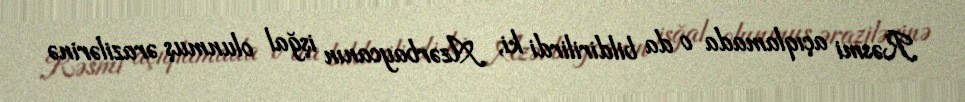
Rəsmi açıqlamada o da bildirilirdi ki, Azərbaycanın işğal olunmuş ərazilərinə